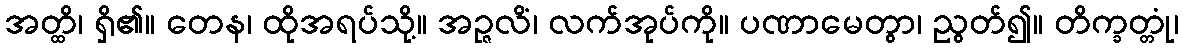
အတ္ထိ၊ ရှိ၏။ တေန၊ ထိုအရပ်သို့။ အဉ္ဇလိံ၊ လက်အုပ်ကို။ ပဏာမေတွာ၊ ညွတ်၍။ တိက္ခတ္တုံ၊